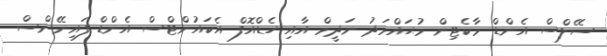
ސޭލްސް އެންޑް މާކެޓިން މުޙައްމަދު ނަދީމް އާއި ހެޑްއޮފް އެކައުންޓްސް އެންޑް ފައިނޭންސް